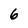
Character: 6